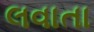
લવાતા